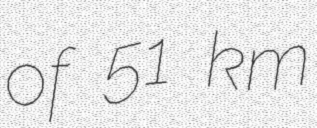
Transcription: of 51 km